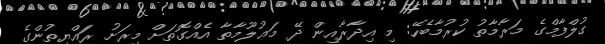
ގުލްފާމްގެ މަރާމާތު ކުރުމާބެހޭ: މި އިދާރާއިން ދޭ މަޢުލޫމާތާ އެއްގޮތަށް މިރަށު ރައްޔިތުންގެ